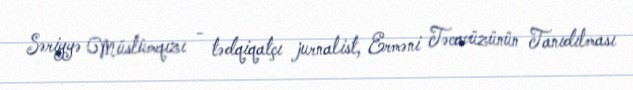
Səriyyə Müslümqızı - tədqiqatçı jurnalist, Erməni Təcavüzünün Tanıdılması